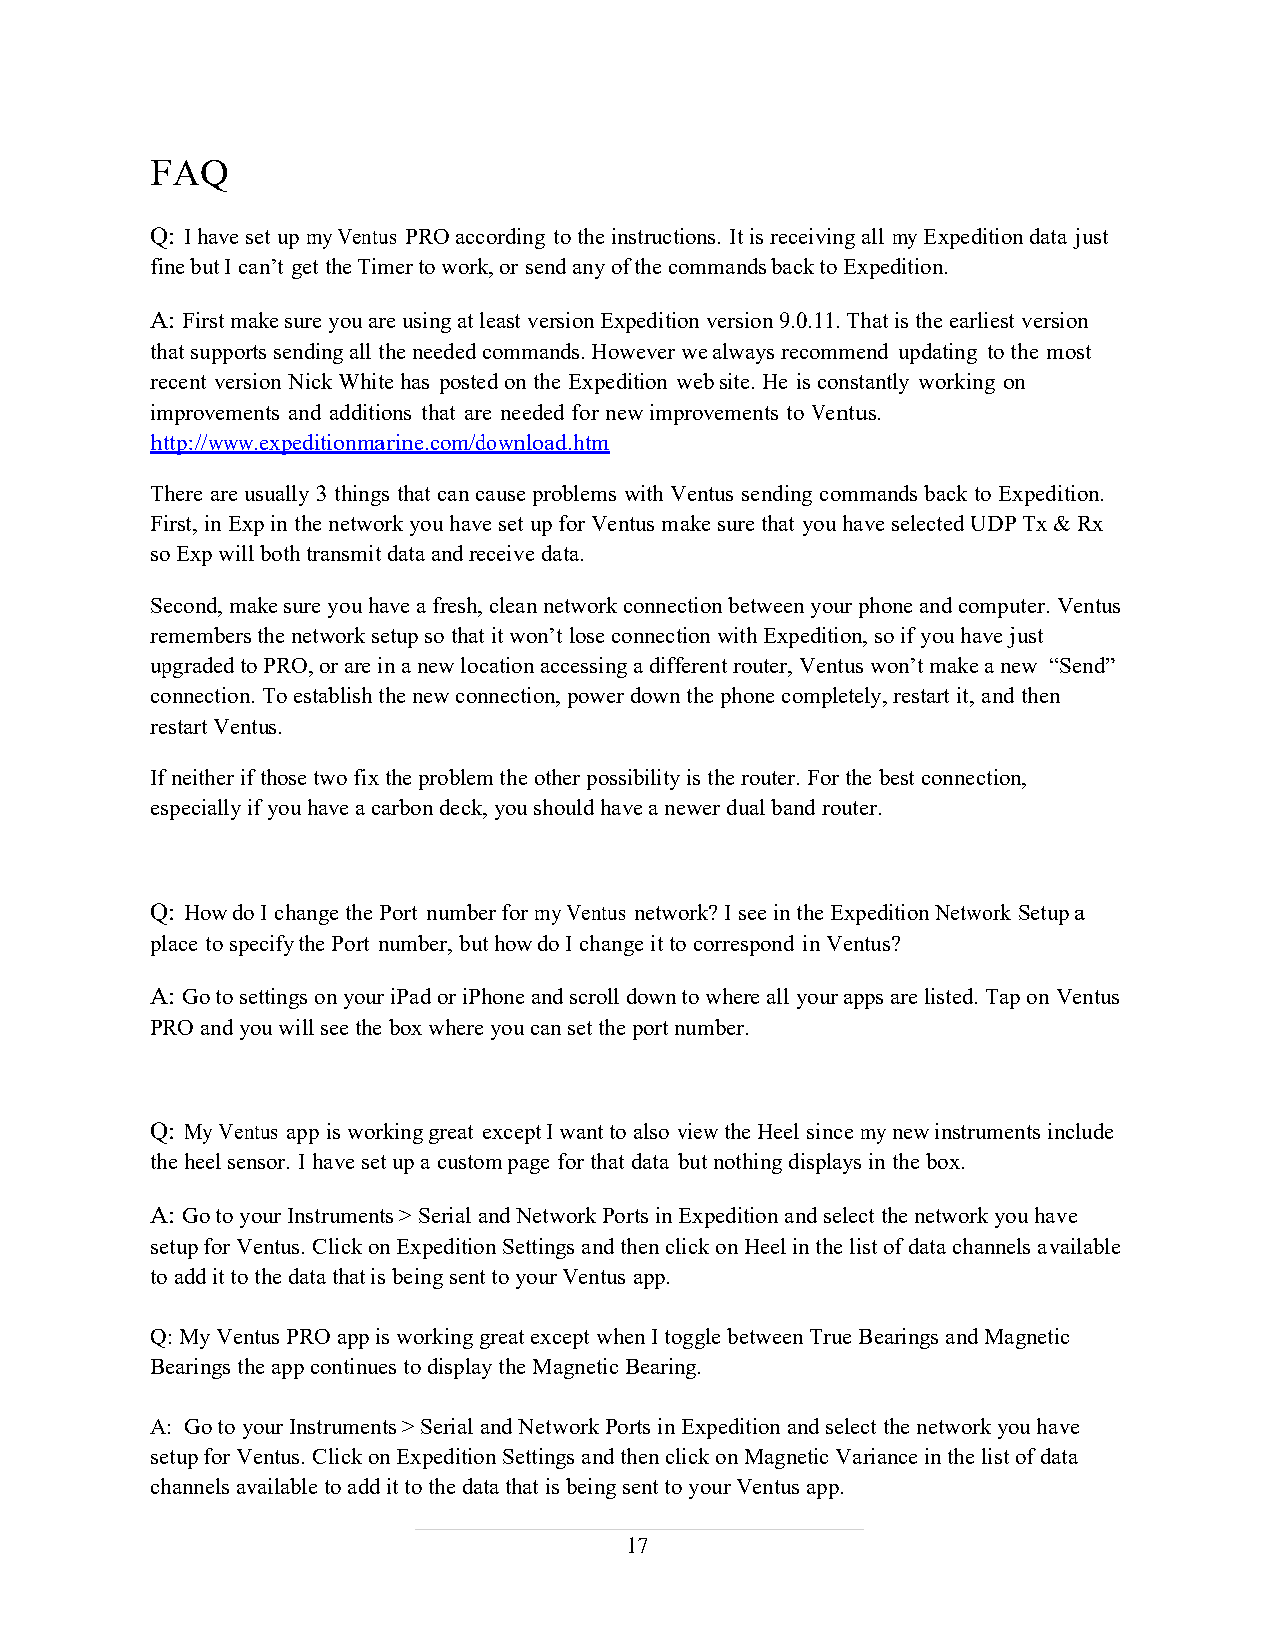
FAQ
 Q: I have set up my Ventus PRO according to the instructions. It is receiving all my Expedition data just
 fine but I can’t get the Timer to work, or send any of the commands back to Expedition.
 A: First make sure you are using at least version Expedition version 9.0.11. That is the earliest version
 that supports sending all the needed commands. However we always recommend updating to the most
 recent version Nick White has posted on the Expedition web site. He is constantly working on
 improvements and additions that are needed for new improvements to Ventus.
 http://www.expeditionmarine.com/download.htm
 There are usually 3 things that can cause problems with Ventus sending commands back to Expedition.
 First, in Exp in the network you have set up for Ventus make sure that you have selected UDP Tx & Rx
 so Exp will both transmit data and receive data.
 Second, make sure you have a fresh, clean network connection between your phone and computer. Ventus
 remembers the network setup so that it won’t lose connection with Expedition, so if you have just
 upgraded to PRO, or are in a new location accessing a different router, Ventus won’t make a new “Send”
 connection. To establish the new connection, power down the phone completely, restart it, and then
 restart Ventus.
 If neither if those two fix the problem the other possibility is the router. For the best connection,
 especially if you have a carbon deck, you should have a newer dual band router.
 Q: How do I change the Port number for my Ventus network? I see in the Expedition Network Setup a
 place to specify the Port number, but how do I change it to correspond in Ventus?
 A: Go to settings on your iPad or iPhone and scroll down to where all your apps are listed. Tap on Ventus
 PRO and you will see the box where you can set the port number.
 Q: My Ventus app is working great except I want to also view the Heel since my new instruments include
 the heel sensor. I have set up a custom page for that data but nothing displays in the box.
 A: Go to your Instruments > Serial and Network Ports in Expedition and select the network you have
 setup for Ventus. Click on Expedition Settings and then click on Heel in the list of data channels available
 to add it to the data that is being sent to your Ventus app.
 Q: My Ventus PRO app is working great except when I toggle between True Bearings and Magnetic
 Bearings the app continues to display the Magnetic Bearing.
 A: Go to your Instruments > Serial and Network Ports in Expedition and select the network you have
 setup for Ventus. Click on Expedition Settings and then click on Magnetic Variance in the list of data
 channels available to add it to the data that is being sent to your Ventus app.
 17
 17